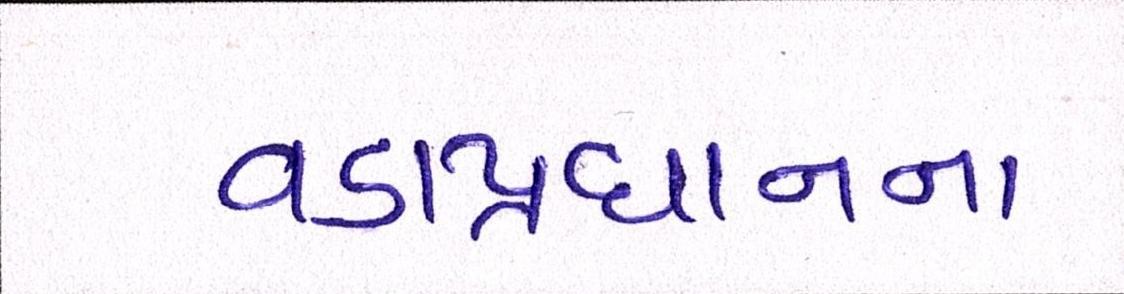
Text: વડાપ્રધાનના